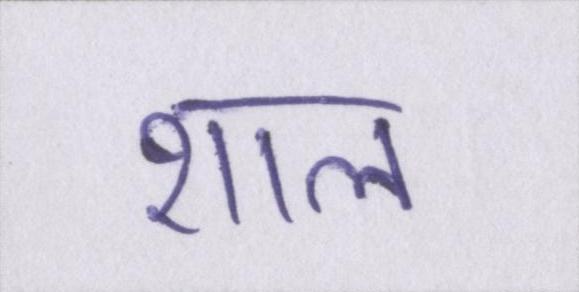
शाल